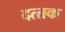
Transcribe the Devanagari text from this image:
दत्‍तक